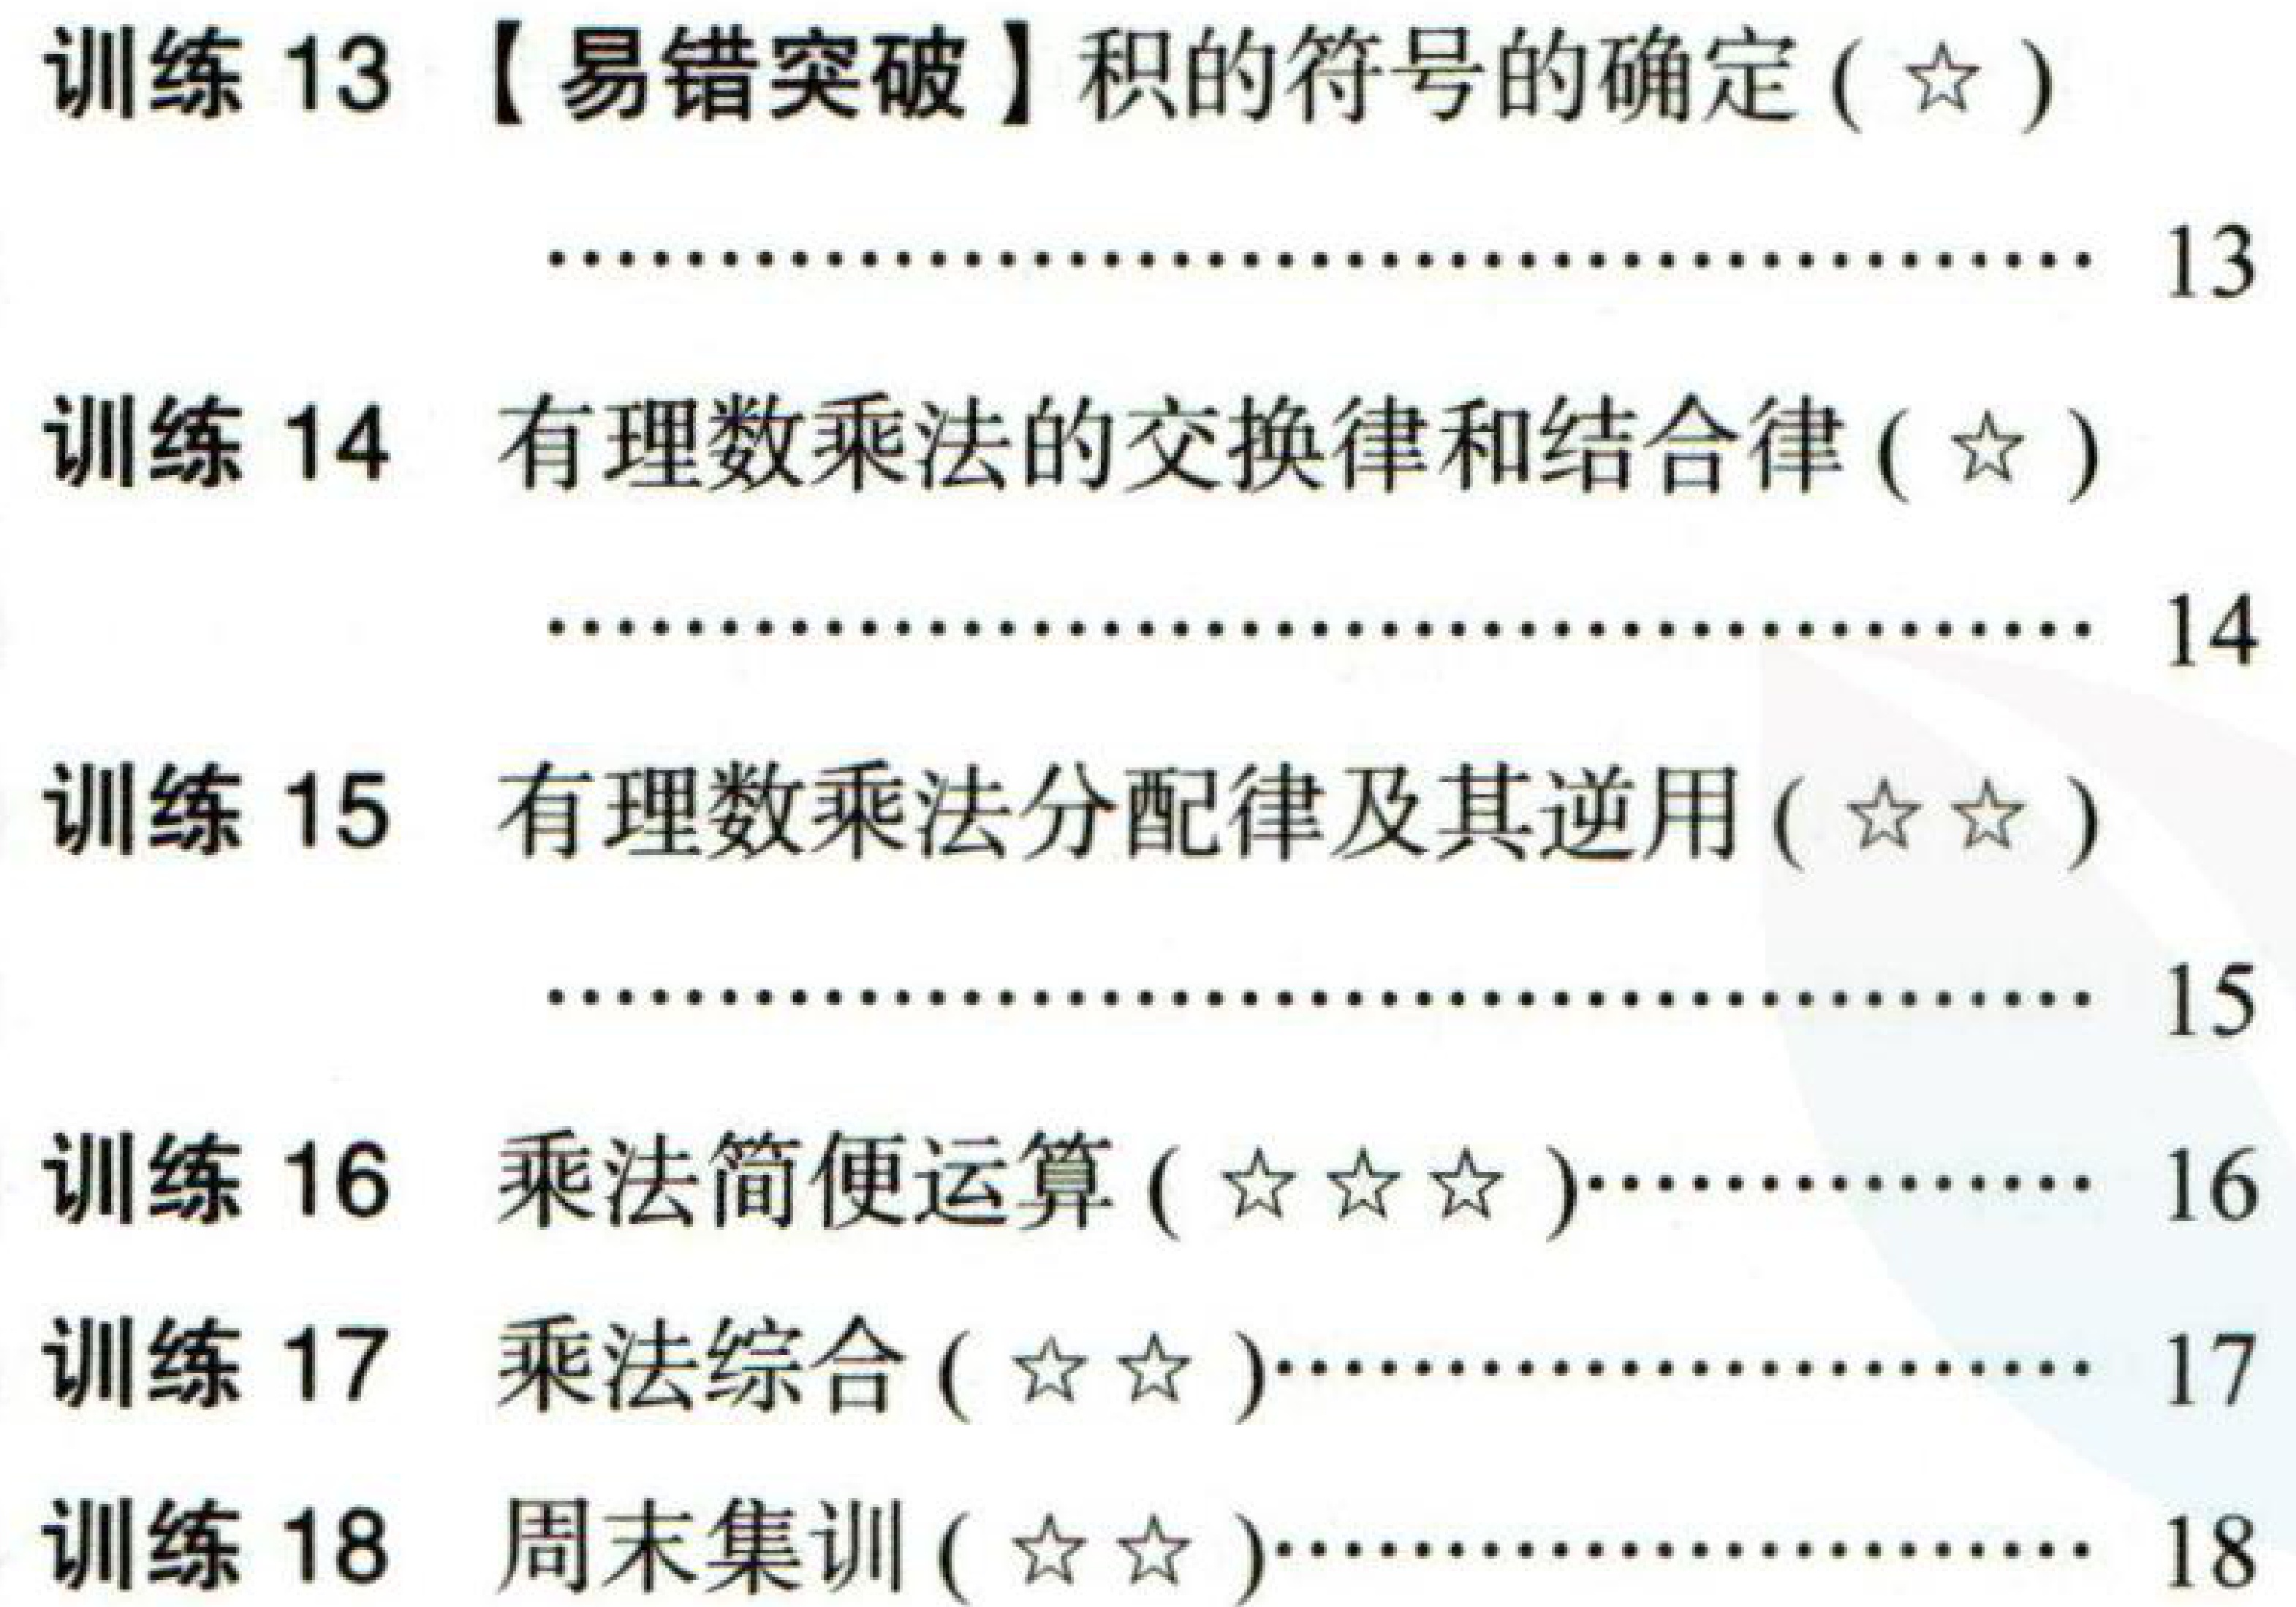
训练 13【易错突破】积的符号的确定(\(☆\))
\(\cdots\cdots\cdots\cdots\cdots\cdots\cdots\cdots\cdots\cdots\cdots\cdots\cdots\cdots\cdots\cdots\cdots\cdots\cdots\cdots\) 13
训练 14 有理数乘法的交换律和结合律(\(☆\))
\(\cdots\cdots\cdots\cdots\cdots\cdots\cdots\cdots\cdots\cdots\cdots\cdots\cdots\cdots\cdots\cdots\cdots\cdots\cdots\cdots\) 14
训练 15 有理数乘法分配律及其逆用(\(☆☆\))
\(\cdots\cdots\cdots\cdots\cdots\cdots\cdots\cdots\cdots\cdots\cdots\cdots\cdots\cdots\cdots\cdots\cdots\cdots\cdots\cdots\) 15
训练 16 乘法简便运算(\(☆☆☆\))\(\cdots\cdots\cdots\cdots\cdots\cdots\) 16
训练 17 乘法综合(\(☆☆\))\(\cdots\cdots\cdots\cdots\cdots\cdots\cdots\cdots\cdots\cdots\) 17
训练 18 周末集训(\(☆☆\))\(\cdots\cdots\cdots\cdots\cdots\cdots\cdots\cdots\cdots\cdots\) 18